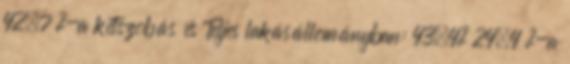
42,7 %-a kétszobás és Teljes lakásállományban: 43,4% 24,4 %-a